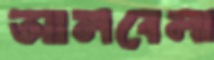
আলবেলা